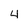
Character: 4